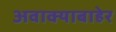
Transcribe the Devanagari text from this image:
अवाक्याबाहेर